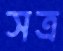
সত্র